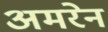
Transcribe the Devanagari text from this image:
अमरेन